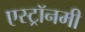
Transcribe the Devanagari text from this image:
एस्‍ट्रॉनमी